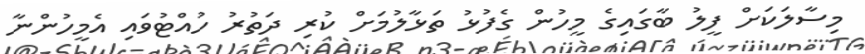
މިސާލަކަށް ފީލު ބާގައިގެ މީހުން ގެފުޅު ތަޅާލުމަށް ކުރި ދަތުރު ހުއްޓުވައި އެމީހުންނާ